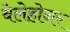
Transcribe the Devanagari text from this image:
बेलेहोनर